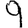
Digit: 9